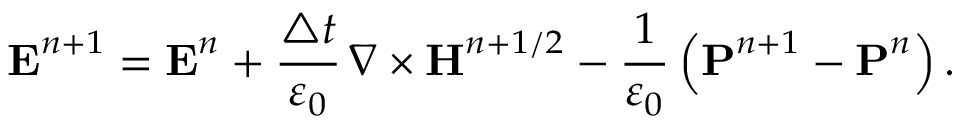
\boldsymbol { \mathbf { E } } ^ { n + 1 } = \boldsymbol { \mathbf { E } } ^ { n } + \frac { \boldsymbol { \triangle } t } { \varepsilon _ { 0 } } \, \nabla \times \boldsymbol { \mathbf { H } } ^ { n + 1 / 2 } - \frac { 1 } { \varepsilon _ { 0 } } \left( \boldsymbol { \mathbf { P } } ^ { n + 1 } - \boldsymbol { \mathbf { P } } ^ { n } \right) .